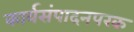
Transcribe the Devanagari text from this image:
कार्यसंपादनपरक